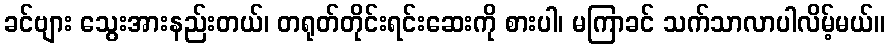
ခင်ဗျား သွေးအားနည်းတယ်၊ တရုတ်တိုင်းရင်းဆေးကို စားပါ၊ မကြာခင် သက်သာလာပါလိမ့်မယ်။